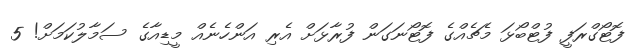
ފޮޓޯގްރަފީ ފުޓްބޯޅަ މެޗެއްގެ ފޮޓޯނަގަން ފުރާޅަށް އެރި އަންހެނެއް މީޑިއާގެ ސަމާލުކަމަށް! 5